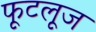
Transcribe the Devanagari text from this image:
फूटलूज